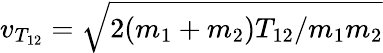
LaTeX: v_{T_{12}}=\sqrt{2(m_{1}+m_{2})T_{12}/m_{1}m_{2}}